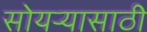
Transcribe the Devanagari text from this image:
सोयर्‍यासाठी